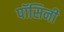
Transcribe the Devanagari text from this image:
पॉसिनी